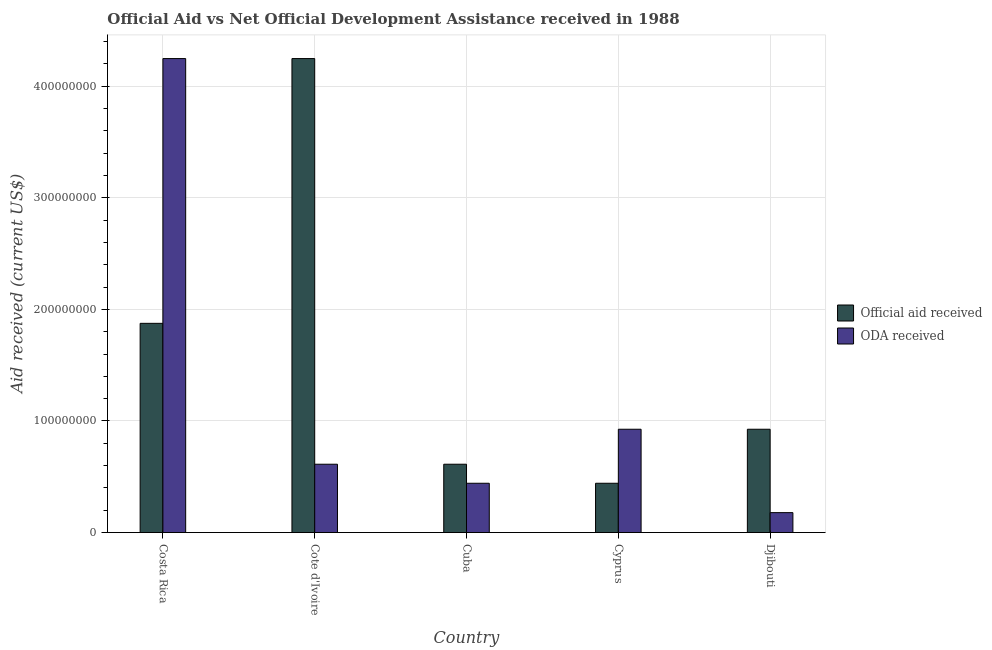
| Country | Official aid received | ODA received |
 | --- | --- | --- |
 | Costa Rica | 1.88e+08 | 4.25e+08 |
 | Cote d'Ivoire | 4.25e+08 | 6.13e+07 |
 | Cuba | 6.13e+07 | 4.42e+07 |
 | Cyprus | 4.42e+07 | 9.26e+07 |
 | Djibouti | 9.26e+07 | 1.79e+07 |